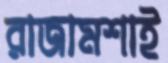
রাজামশাই